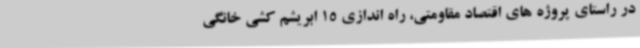
در راستای پروژه های اقتصاد مقاومتی، راه اندازی 15 ابریشم کشی خانگی